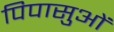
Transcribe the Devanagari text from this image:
पिपासुओं